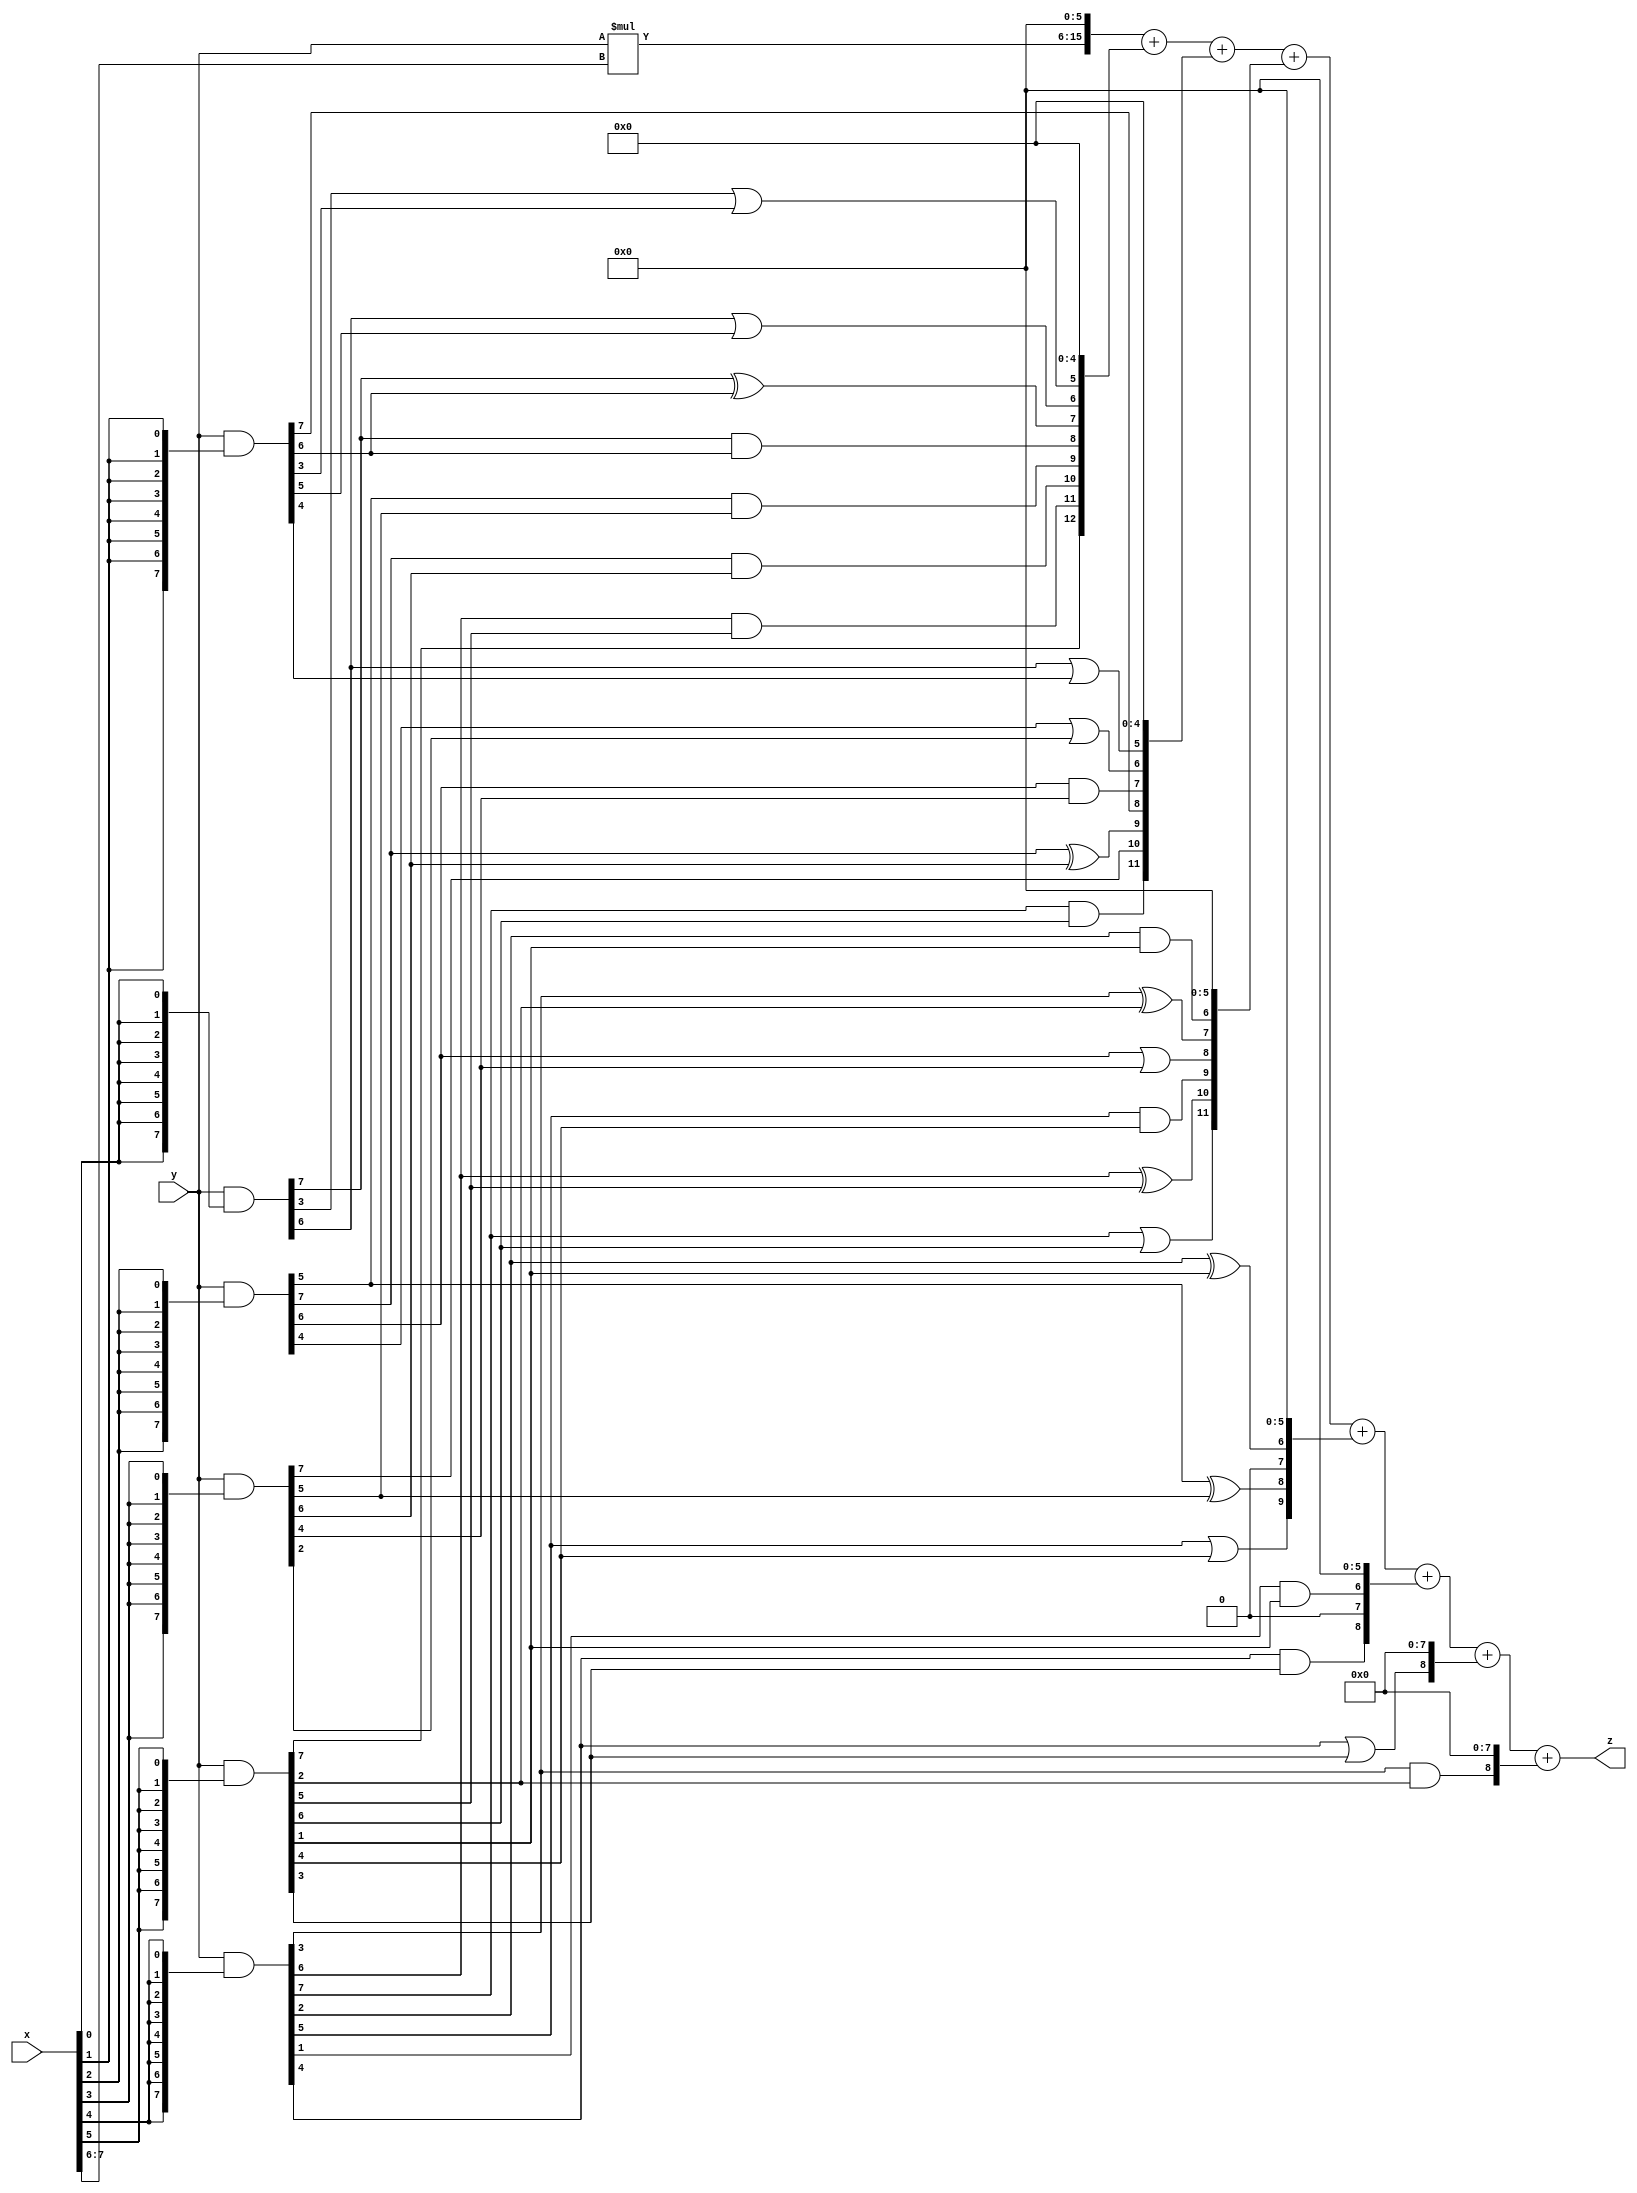
// terms: 28
// fval:  19316.25

module unsigned_exchange_8x8_l6_lamb500_4 (
	input [7:0] x,
	input [7:0] y,
	output [15:0] z
);

wire [7:0] part1 =  y & {8{x[0]}};
wire [7:0] part2 =  y & {8{x[1]}};
wire [7:0] part3 =  y & {8{x[2]}};
wire [7:0] part4 =  y & {8{x[3]}};
wire [7:0] part5 =  y & {8{x[4]}};
wire [7:0] part6 =  y & {8{x[5]}};
wire [7:0] part7 =  y & {8{x[6]}};
wire [7:0] part8 =  y & {8{x[7]}};

wire [12:0] new_part1;
assign new_part1[0] = 0;
assign new_part1[1] = 0;
assign new_part1[2] = 0;
assign new_part1[3] = 0;
assign new_part1[4] = 0;
assign new_part1[5] = part1[3] | part2[3];
assign new_part1[6] = part1[6] | part2[5];
assign new_part1[7] = part1[7] ^ part2[6];
assign new_part1[8] = part1[7] & part2[6];
assign new_part1[9] = part3[5] & part4[5];
assign new_part1[10] = part3[7] & part4[6];
assign new_part1[11] = part5[6] & part6[5];
assign new_part1[12] = part6[7];

wire [11:0] new_part2;
assign new_part2[0] = 0;
assign new_part2[1] = 0;
assign new_part2[2] = 0;
assign new_part2[3] = 0;
assign new_part2[4] = 0;
assign new_part2[5] = part1[6] | part2[4];
assign new_part2[6] = part3[4] | part4[2];
assign new_part2[7] = part3[6] & part4[4];
assign new_part2[8] = part2[7];
assign new_part2[9] = part3[7] ^ part4[6];
assign new_part2[10] = part4[7];
assign new_part2[11] = part5[7] & part6[6];

wire [11:0] new_part3;
assign new_part3[0] = 0;
assign new_part3[1] = 0;
assign new_part3[2] = 0;
assign new_part3[3] = 0;
assign new_part3[4] = 0;
assign new_part3[5] = 0;
assign new_part3[6] = part5[2] & part6[1];
assign new_part3[7] = part5[3] ^ part6[2];
assign new_part3[8] = part3[6] | part4[4];
assign new_part3[9] = part5[5] & part6[4];
assign new_part3[10] = part5[6] ^ part6[5];
assign new_part3[11] = part5[7] | part6[6];

wire [9:0] new_part4;
assign new_part4[0] = 0;
assign new_part4[1] = 0;
assign new_part4[2] = 0;
assign new_part4[3] = 0;
assign new_part4[4] = 0;
assign new_part4[5] = 0;
assign new_part4[6] = part5[2] ^ part6[1];
assign new_part4[7] = 0;
assign new_part4[8] = part3[5] ^ part4[5];
assign new_part4[9] = part5[5] | part6[4];

wire [8:0] new_part5;
assign new_part5[0] = 0;
assign new_part5[1] = 0;
assign new_part5[2] = 0;
assign new_part5[3] = 0;
assign new_part5[4] = 0;
assign new_part5[5] = 0;
assign new_part5[6] = part5[1] & part6[1];
assign new_part5[7] = 0;
assign new_part5[8] = part5[4] & part6[3];

wire [8:0] new_part6;
assign new_part6[0] = 0;
assign new_part6[1] = 0;
assign new_part6[2] = 0;
assign new_part6[3] = 0;
assign new_part6[4] = 0;
assign new_part6[5] = 0;
assign new_part6[6] = 0;
assign new_part6[7] = 0;
assign new_part6[8] = part5[4] | part6[3];

wire [8:0] new_part7;
assign new_part7[0] = 0;
assign new_part7[1] = 0;
assign new_part7[2] = 0;
assign new_part7[3] = 0;
assign new_part7[4] = 0;
assign new_part7[5] = 0;
assign new_part7[6] = 0;
assign new_part7[7] = 0;
assign new_part7[8] = part5[3] & part6[2];

wire [9:0] tmp_z = y*x[7:6];

assign z = {tmp_z, 6'd 0} + new_part1 + new_part2 + new_part3 + new_part4 + new_part5 + new_part6 + new_part7;

endmodule